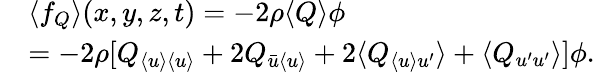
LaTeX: \begin{array}{rl}&{\langle{f}_{Q}\rangle(x,y,z,t)=-2\rho\langle{Q}\rangle\phi}\\ &{=-2\rho[Q_{\langle{u}\rangle\langle{u}\rangle}+2Q_{\bar{u}\langle{u}\rangle}+2\langle{Q}_{\langle{u}\rangle u^{\prime}}\rangle+\langle{Q}_{u^{\prime}u^{\prime}}\rangle]\phi.}\end{array}